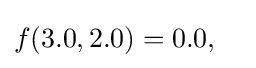
f(3.0,2.0)=0.0,\quad